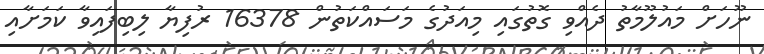
ނޫހަށް މައުލޫމާތު ދެއްވި ގޮތުގައި މިއަދުގެ މަސައްކަތުން 16378 ރުފިޔާ ލިބިފައިވާ ކަމަށާއި